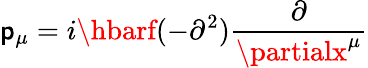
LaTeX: \mathsf{p}_{\mu}=i\hbarf(-\partial^{2})\frac{{\partial}}{{\partialx^{\mu}}}